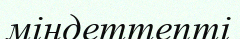
міндеттепті